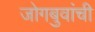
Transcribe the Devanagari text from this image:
जोगबुवांची